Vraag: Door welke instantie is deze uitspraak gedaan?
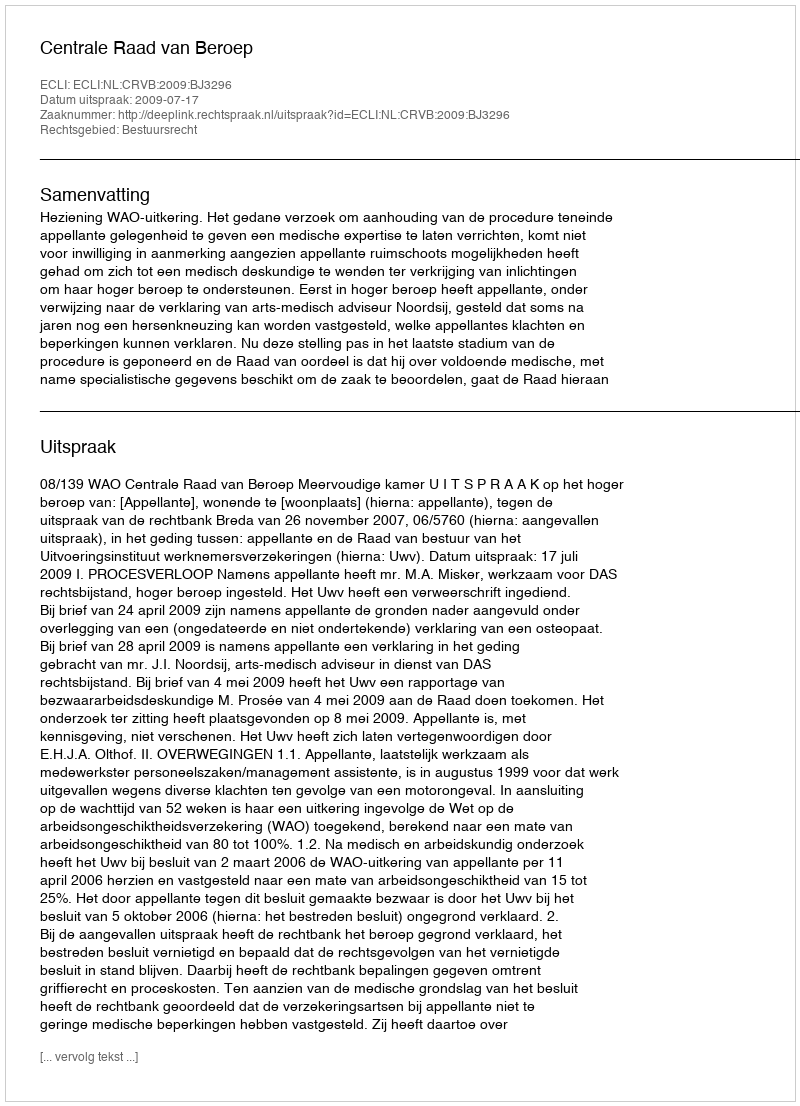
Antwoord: Centrale Raad van Beroep